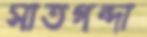
সাতগন্দা